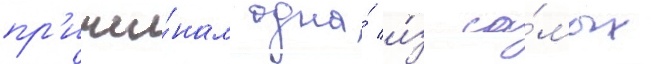
пр'ичи́нам одна́ и́з са́мых